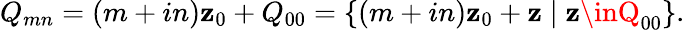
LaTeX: Q_{mn}=(m+in)\mathbf{z}_{0}+Q_{00}=\left\{ (m+in)\mathbf{z}_{0}+\mathbf{z}\mid\mathbf{z}\inQ_{00}\right\} .